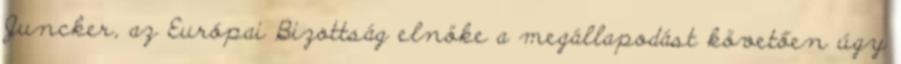
Juncker, az Európai Bizottság elnöke a megállapodást követően úgy